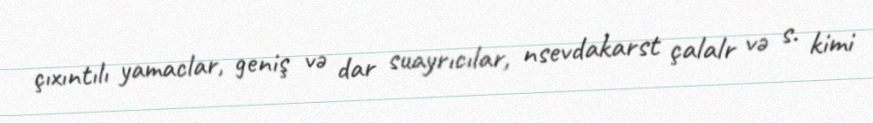
çıxıntılı yamaclar, geniş və dar suayrıcılar, nsevdakarst çalalr və s. kimi